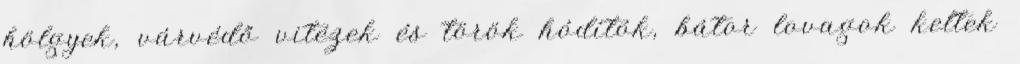
hölgyek, várvédő vitézek és török hódítók, bátor lovagok keltek